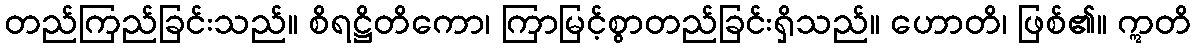
တည်ကြည်ခြင်းသည်။ စိရဋ္ဌိတိကော၊ ကြာမြင့်စွာတည်ခြင်းရှိသည်။ ဟောတိ၊ ဖြစ်၏။ ဣတိ